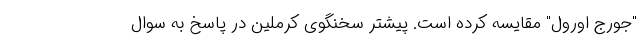
"جورج اورول" مقایسه کرده است. پیشتر سخنگوی کرملین در پاسخ به سوال